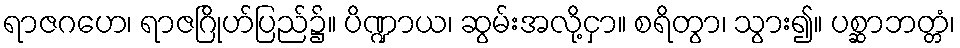
ရာဇဂဟေ၊ ရာဇဂြိုဟ်ပြည်၌။ ပိဏ္ဍာယ၊ ဆွမ်းအလို့ငှာ။ စရိတွာ၊ သွား၍။ ပစ္ဆာဘတ္တံ၊